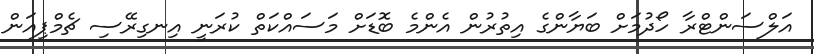
އަލްސަންޓްރާ ހޯދުމަށް ބަޔާންގެ އިތުރުން އެންމެ ބޮޑަށް މަސައްކަތް ކުރަނީ އިނގިރޭސި ޗެމްޕިއަން